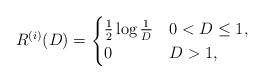
LaTeX: \begin{align*}R^{(i)}(D) =\begin{cases}\frac{1}{2}\log\frac{1}{D} & 0<D\le 1,\\0 & D>1,\end{cases}\end{align*}